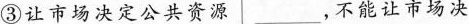
③让市场决定公共资源___，不能让市场决